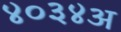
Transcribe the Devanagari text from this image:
४०३४अ